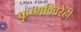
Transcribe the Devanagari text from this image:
कृष्णविवरेही